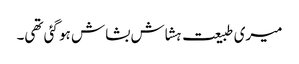
میری طبیعت ہشاش بشاش ہو گئی تھی۔